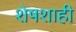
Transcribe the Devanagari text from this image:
शेषशाही